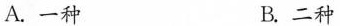
A.一种 B.二种